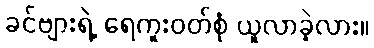
ခင်ဗျားရဲ့ ရေကူးဝတ်စုံ ယူလာခဲ့လား။